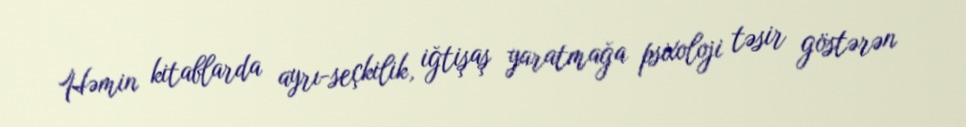
Həmin kitablarda ayrı-seçkilik, iğtişaş yaratmağa psixoloji təsir göstərən